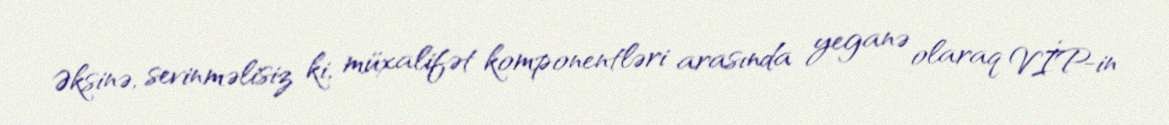
Əksinə, sevinməlisiz ki, müxalifət komponentləri arasında yeganə olaraq VİP-in